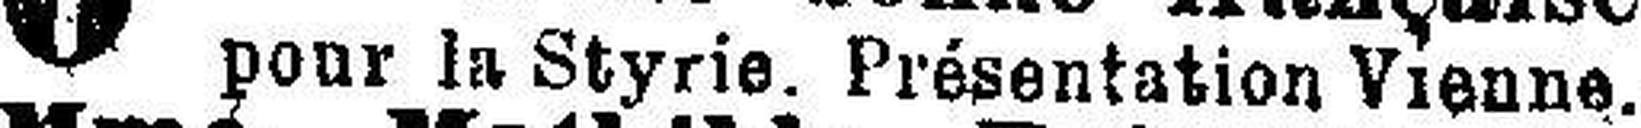
pour la Styrie. Présentation Vienne.